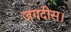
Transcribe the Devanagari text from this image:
जगदीस।